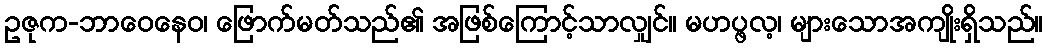
ဥဇုက-ဘာဝေနေဝ၊ ဖြောက်မတ်သည်၏ အဖြစ်ကြောင့်သာလျှင်။ မဟပ္ဖလ့၊ များသောအကျိုးရှိသည်။